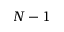
N - 1